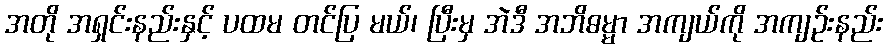
အတို အရှင်းနည်းနှင့် ပထမ တင်ပြ မယ်၊ ပြီးမှ အဲဒီ အဘိဓမ္မာ အကျယ်ကို အကျဉ်းနည်း